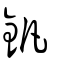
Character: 釩